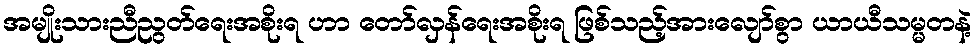
အမျိုးသားညီညွတ်ရေးအစိုးရ ဟာ တော်လှန်ရေးအစိုးရ ဖြစ်သည့်အားလျော်စွာ ယာယီသမ္မတနဲ့